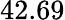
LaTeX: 42.69